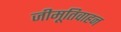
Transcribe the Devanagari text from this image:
जीमूतिवाहन